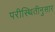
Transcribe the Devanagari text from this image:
परीस्थितीनुसार